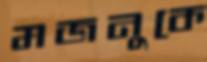
মজনুকে